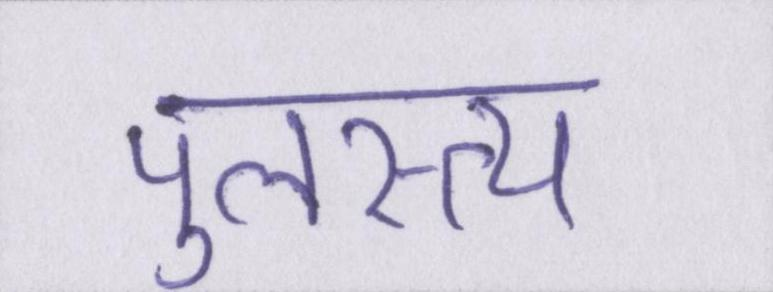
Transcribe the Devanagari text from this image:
पुलस्त्य